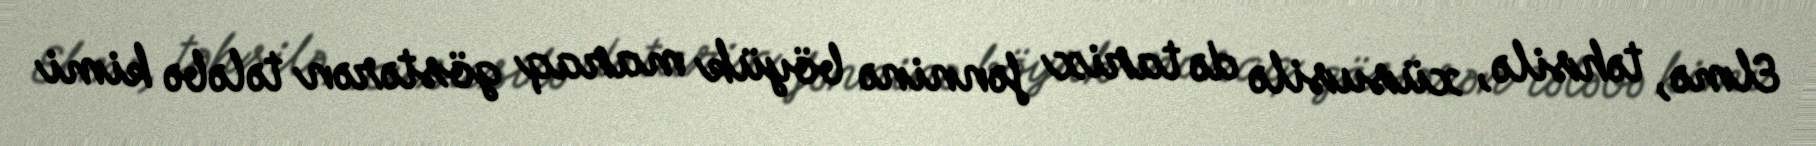
Elmə, təhsilə, xüsusilə də tarix fənninə böyük maraq göstərən tələbə kimi